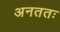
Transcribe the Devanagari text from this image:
अनततः